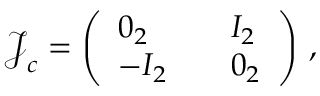
\begin{array} { r } { \boldsymbol { { \mathcal { J } } } _ { c } = \left( \begin{array} { l l l } { 0 _ { 2 } } & { } & { I _ { 2 } } \\ { - I _ { 2 } } & { } & { 0 _ { 2 } } \end{array} \right) \, , } \end{array}